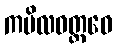
ကပိလဝတ္ထဝေ